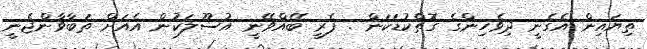
ތިޔައިން އެގެނީ ދިވެހިންގެ ގޮތްކުޑަކަން . ފެރީ ބޭއްވޭނީ އުސޫލަކުން އެއަށް ތަބާވާންޖެނީ